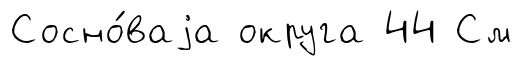
Сосно́ваjа округа 44 См